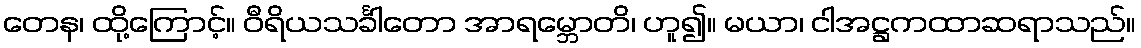
တေန၊ ထို့ကြောင့်။ ဝီရိယသင်္ခါတော အာရမ္ဘောတိ၊ ဟူ၍။ မယာ၊ ငါအဋ္ဌကထာဆရာသည်။